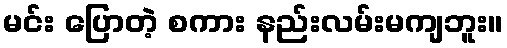
မင်း ပြောတဲ့ စကား နည်းလမ်းမကျဘူး။